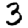
Digit: 3